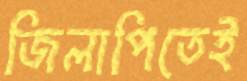
জিলাপিতেই